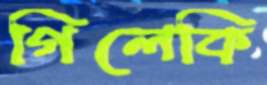
গিলেকি